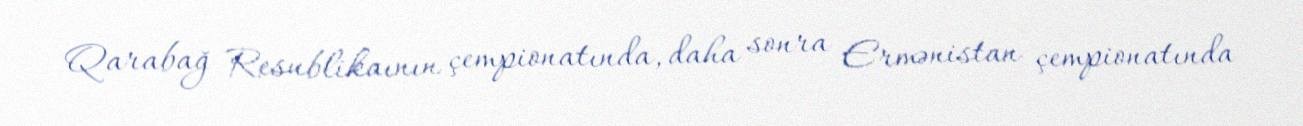
Qarabağ Resublikaının çempionatında, daha sonra Ermənistan çempionatında